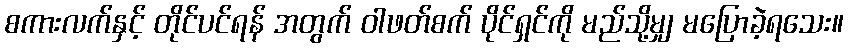
စကားလက်နှင့် တိုင်ပင်ရန် အတွက် ဝါဖတ်စက် ပိုင်ရှင်ကို မည်သို့မျှ မပြောခဲ့ရသေး။